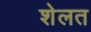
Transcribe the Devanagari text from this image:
शेलत